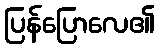
ပြန်ပြောလေ၏